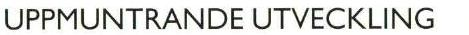
UPPMUNTRANDE UTVECKLING